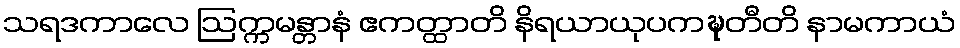
သရဒကာလေ ဩက္ကမန္တာနံ ဧကတ္ထာတိ နိရယာယုပကဍ္ဎတီတိ နာမကာယံ